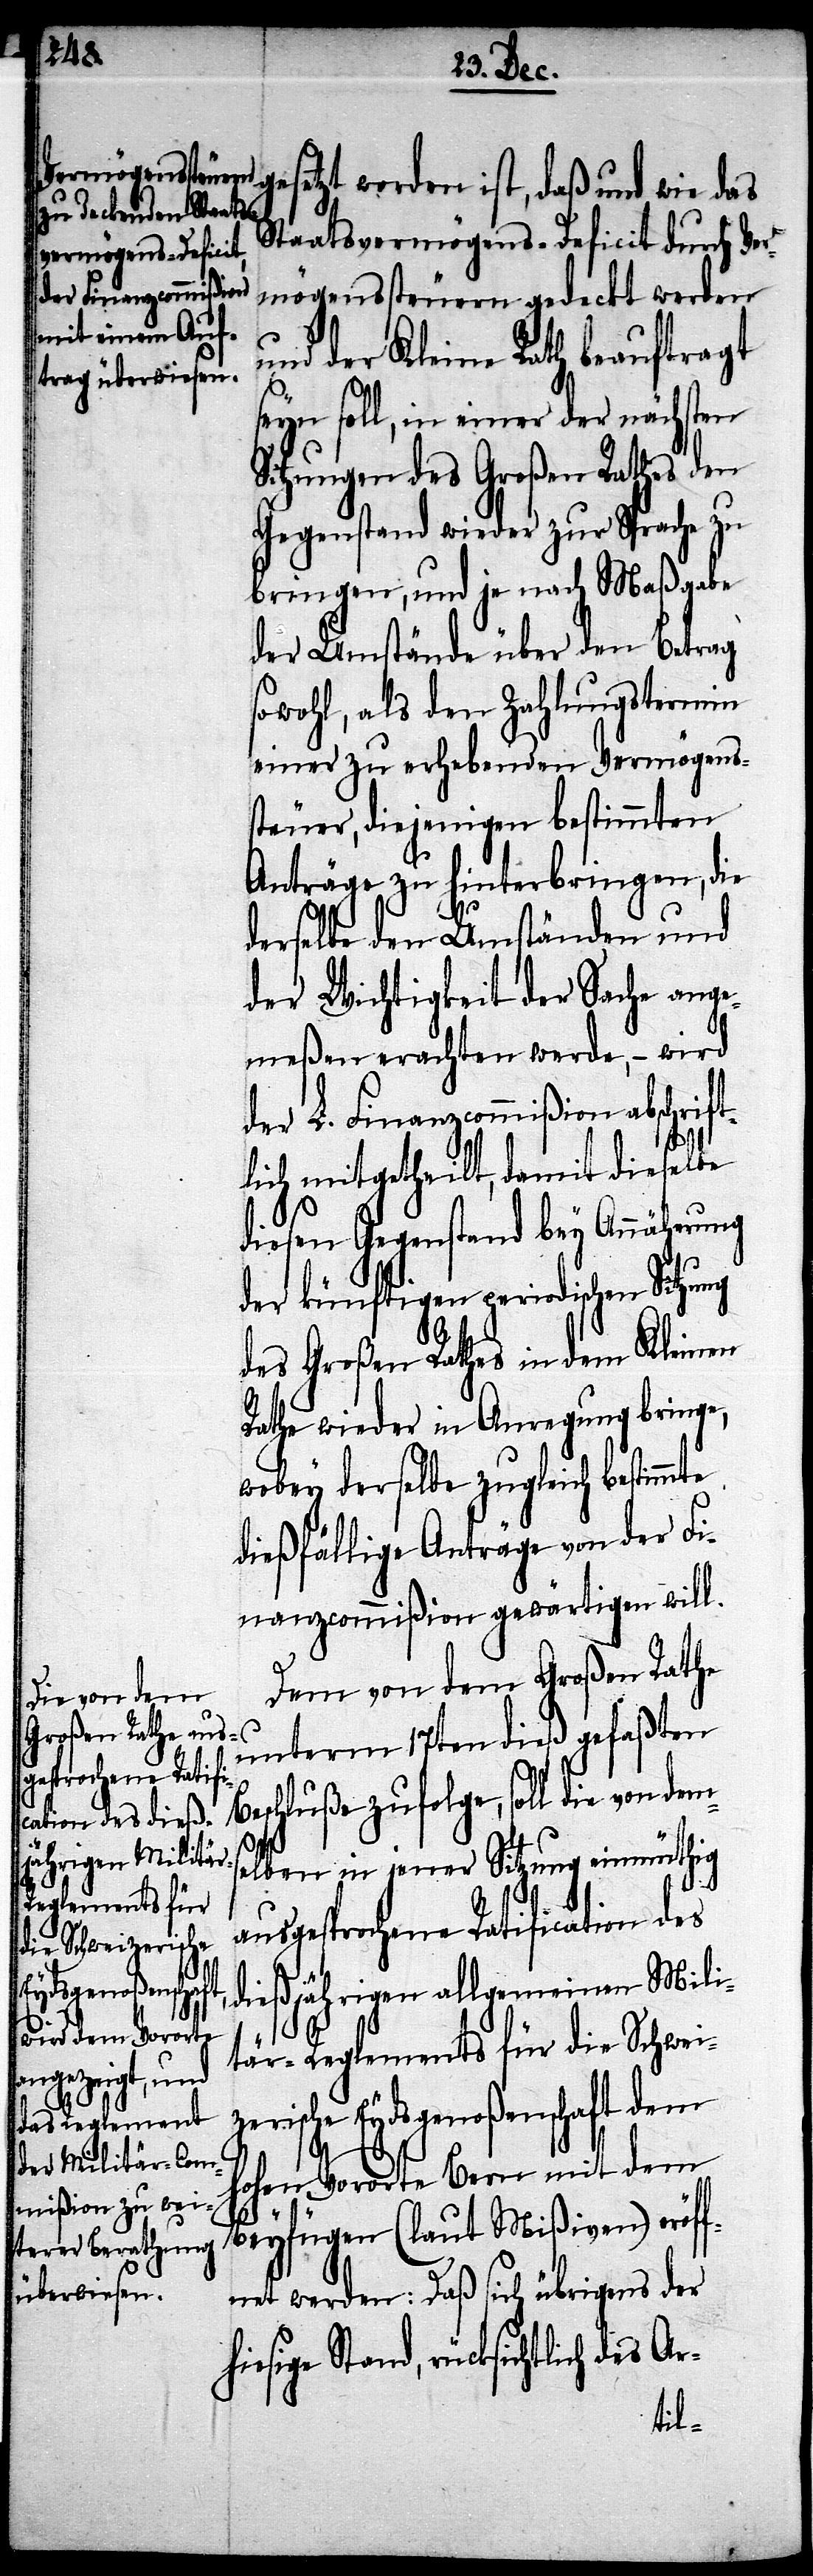
gesetzt worden ist, daß und wie das
Staatsvermögens-Deficit durch Ver¬
mögenssteuern gedeckt werden
und der Kleine Rath beauftragt
seyn soll, in einer der nächsten
Sitzungen des Großen Rathes den
Gegenstand wieder zur Sprache zu
bringen, und je nach Maßgabe
der Umstände über den Betrag
sowohl, als den Zahlungstermin
einer zu erhebenden Vermögens¬
steuer, diejenigen bestimmten
Anträge zu hinterbringen, die
derselbe den Umständen und
der Wichtigkeit der Sache ange¬
meßen erachten werde, – wird
der L. Finanzcommißion abschrif¬
lich mitgetheilt, damit dieselbe
diesen Gegenstand bey Annäherung
der künftigen periodischen Sitzung
des Großen Rathes in dem Kleinen
Rathe wieder in Anregung bringe,
wobey derselbe zugleich bestimmte,
dießfällige Anträge von der Fi¬
nanzcommißion gewärtigen will.
Dem von dem Großen Rathe
unterm 17ten dieß gefaßten
Beschluße zufolge, soll die von dems¬
elben in jener Sitzung einmüthig
ausgesprochene Ratification des
dießjährigen allgemeinen Mili¬
tär-Reglements für die Schwei¬
zerische Eydsgenoßenschaft dem
Hohen Vororte Bern mit dem
Beyfügen (laut Mißiven) eröf¬
fnet werden: Daß sich übrigens der
hiesige Stand, rücksichtlich des Ar-
t¬